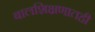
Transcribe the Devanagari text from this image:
बालशिक्षणातही